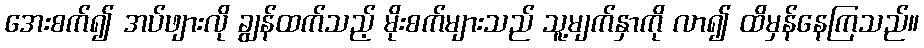
အေးစက်၍ အပ်ဖျားလို ချွန်ထက်သည့် မိုးစက်များသည် သူ့မျက်နှာကို လာ၍ ထိမှန်နေကြသည်။